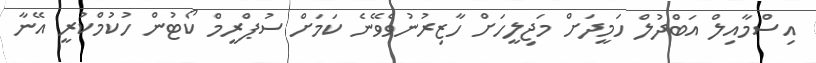
އިސްމާއިލް އަބްދުލް ހަމީދަށް މަޖިލީހަށް ހާޒިރުނުވެވޭނެ ކަމަށް ސުޕްރީމް ކޯޓުން ހުކުމްކުރީ އޭނާ